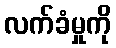
လက်ခံမှုကို